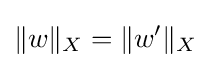
\|w\|_{X}=\|w'\|_{X}